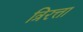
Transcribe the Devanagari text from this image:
त्रिरत्ता